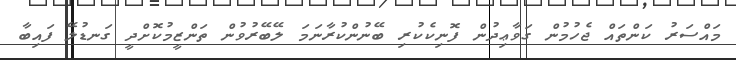
މައްސަރު ކަންތައް ޖެހުމުން ގަވާޢިދުން ފޮނިކެކުރި ބޭނުންކުރާނަމަ ލޭބޭރުވުން ތަންޒީމުކޮށްދީ ގަނޑުލޭ ފައިބާ